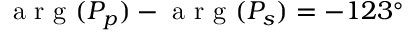
\mathrm { ~ a ~ r ~ g ~ } ( P _ { p } ) - \mathrm { ~ a ~ r ~ g ~ } ( P _ { s } ) = - 1 2 3 ^ { \circ }